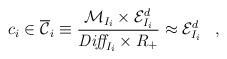
LaTeX: \begin{align*}c_i \in \overline{{\cal C}}_i \equiv \frac{ {\cal M}_{I_i} \times{\cal E}^d_{I_i} }{\mbox{\it Diff}_{I_i} \times R_+} \approx {\cal E}^d_{I_i}\;\;\;,\end{align*}